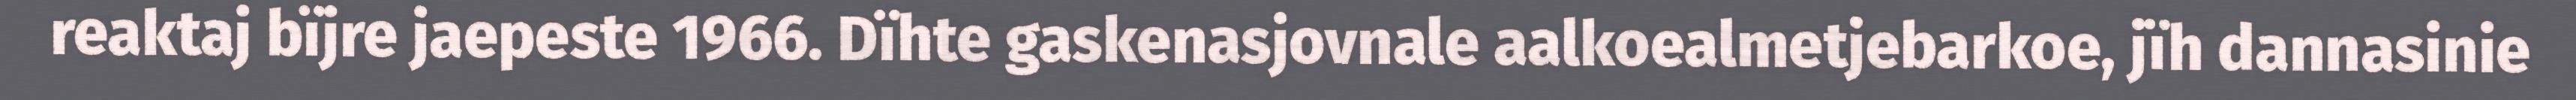
reaktaj bïjre jaepeste 1966. Dïhte gaskenasjovnale aalkoealmetjebarkoe, jïh dannasinie